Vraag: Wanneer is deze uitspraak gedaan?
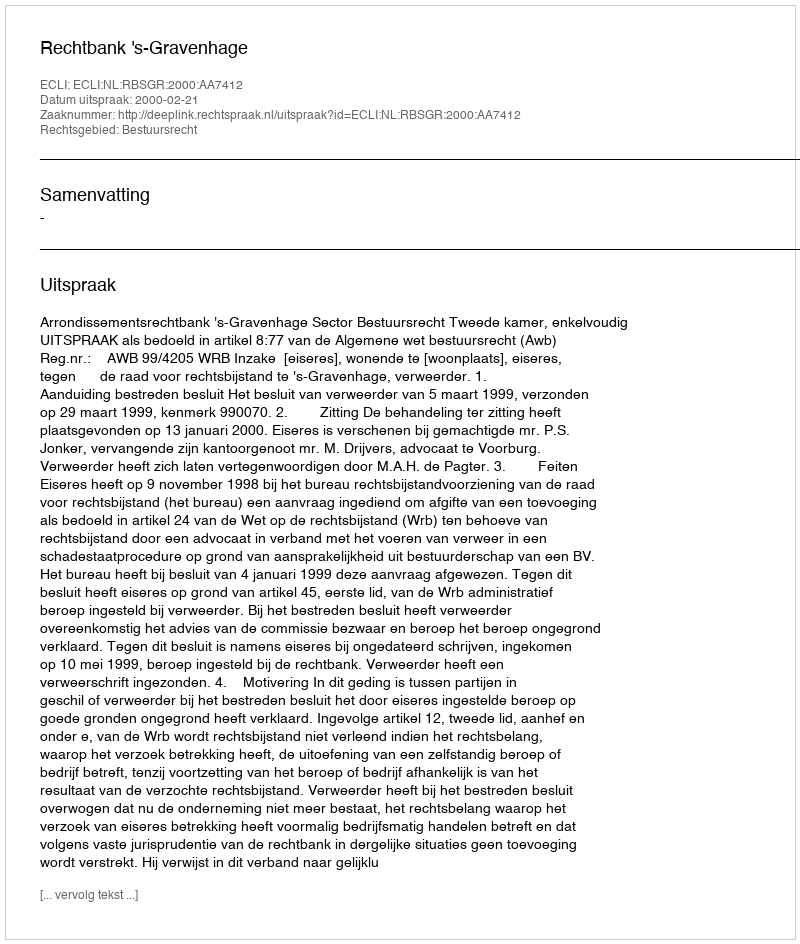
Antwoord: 2000-02-21